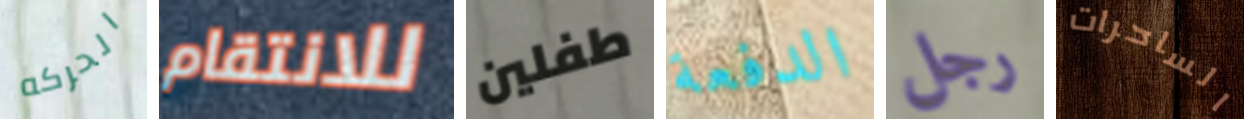
الحركه للانتقام طفلين الدفعة رجل الساحرات